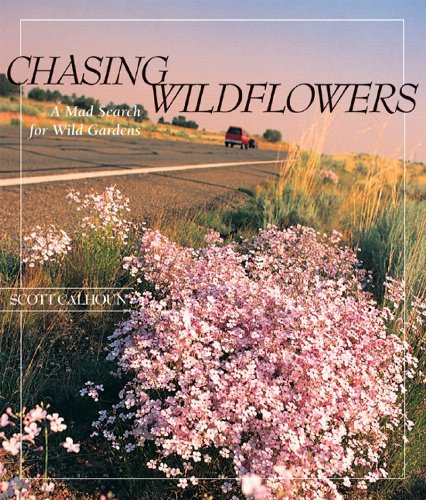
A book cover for Chasing Wildflowers: A Mad Search for Wild Gardens; Scott Calhoun; Crafts, Hobbies & Home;